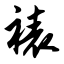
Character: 裱